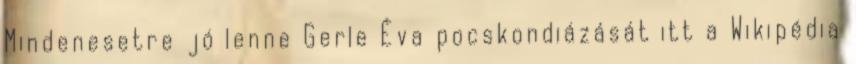
Mindenesetre jó lenne Gerle Éva pocskondiázását itt a Wikipédia